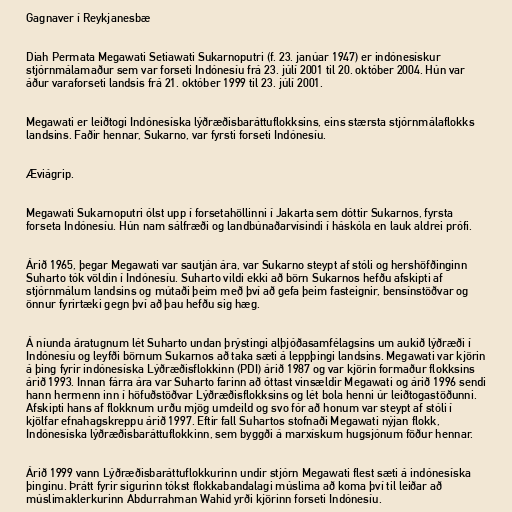
Gagnaver í Reykjanesbæ

Diah Permata Megawati Setiawati Sukarnoputri (f. 23. janúar 1947) er indónesískur
stjórnmálamaður sem var forseti Indónesíu frá 23. júlí 2001 til 20. október 2004. Hún var
áður varaforseti landsis frá 21. október 1999 til 23. júlí 2001.

Megawati er leiðtogi Indónesíska lýðræðisbaráttuflokksins, eins stærsta stjórnmálaflokks
landsins. Faðir hennar, Sukarno, var fyrsti forseti Indónesíu.

Æviágrip.

Megawati Sukarnoputri ólst upp í forsetahöllinni í Jakarta sem dóttir Sukarnos, fyrsta
forseta Indónesíu. Hún nam sálfræði og landbúnaðarvísindi í háskóla en lauk aldrei prófi.

Árið 1965, þegar Megawati var sautján ára, var Sukarno steypt af stóli og hershöfðinginn
Suharto tók völdin í Indónesíu. Suharto vildi ekki að börn Sukarnos hefðu afskipti af
stjórnmálum landsins og mútaði þeim með því að gefa þeim fasteignir, bensínstöðvar og
önnur fyrirtæki gegn því að þau hefðu sig hæg.

Á níunda áratugnum lét Suharto undan þrýstingi alþjóðasamfélagsins um aukið lýðræði í
Indónesíu og leyfði börnum Sukarnos að taka sæti á leppþingi landsins. Megawati var kjörin
á þing fyrir indónesíska Lýðræðisflokkinn (PDI) árið 1987 og var kjörin formaður flokksins
árið 1993. Innan fárra ára var Suharto farinn að óttast vinsældir Megawati og árið 1996 sendi
hann hermenn inn í höfuðstöðvar Lýðræðisflokksins og lét bola henni úr leiðtogastöðunni.
Afskipti hans af flokknum urðu mjög umdeild og svo fór að honum var steypt af stóli í
kjölfar efnahagskreppu árið 1997. Eftir fall Suhartos stofnaði Megawati nýjan flokk,
Indónesíska lýðræðisbaráttuflokkinn, sem byggði á marxískum hugsjónum föður hennar.

Árið 1999 vann Lýðræðisbaráttuflokkurinn undir stjórn Megawati flest sæti á indónesíska
þinginu. Þrátt fyrir sigurinn tókst flokkabandalagi múslima að koma því til leiðar að
múslimaklerkurinn Abdurrahman Wahid yrði kjörinn forseti Indónesíu.